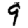
Digit: 9